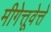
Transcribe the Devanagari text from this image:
मीगेत्तूवेत्ते